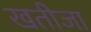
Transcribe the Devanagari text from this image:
खतीजा